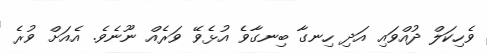
ވެހިކަލް ދުއްވައި އަދި ހިނގާ ބިނގާވެ އުޅެވޭ ވަރެއް ނޫނެވެ. އެއަށް ވުރެ